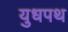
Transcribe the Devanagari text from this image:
युधपथ